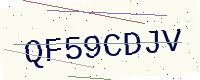
Text: QF59CDJV